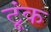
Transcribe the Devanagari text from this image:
टूंक